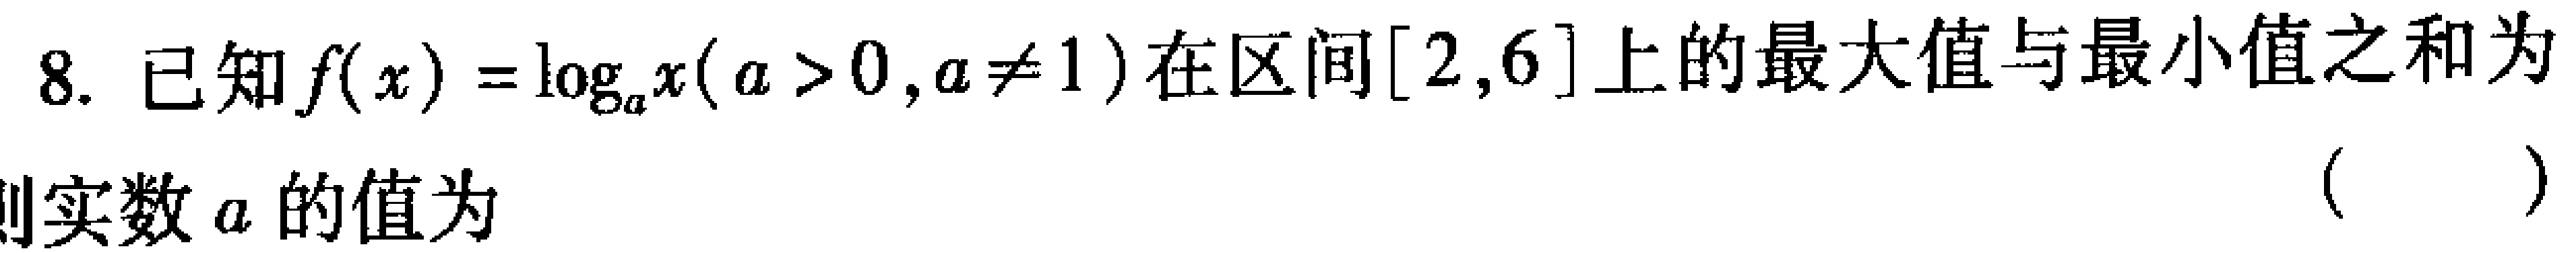
8. 已知\(f(x)=\log_{a}x(a > 0,a\neq1)\)在区间\([2,6]\)上的最大值与最小值之和为
则实数\(a\)的值为 （  ）